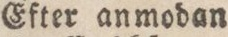
Efter anmodan